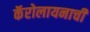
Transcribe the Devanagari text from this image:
कॅरोलायनाची